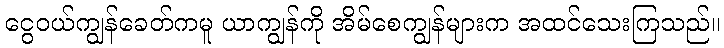
ငွေဝယ်ကျွန်ခေတ်ကမူ ယာကျွန်ကို အိမ်စေကျွန်များက အထင်သေးကြသည်။